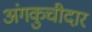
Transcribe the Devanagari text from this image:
अंगकुचीदार